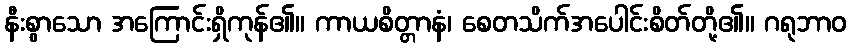
နီးစွာသော အကြောင်းရှိကုန်၏။ ကာယစိတ္တာနံ၊ စေတသိက်အပေါင်းစိတ်တို့၏။ ဂရုဘာဝ